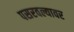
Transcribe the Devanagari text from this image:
पसरवल्यावर